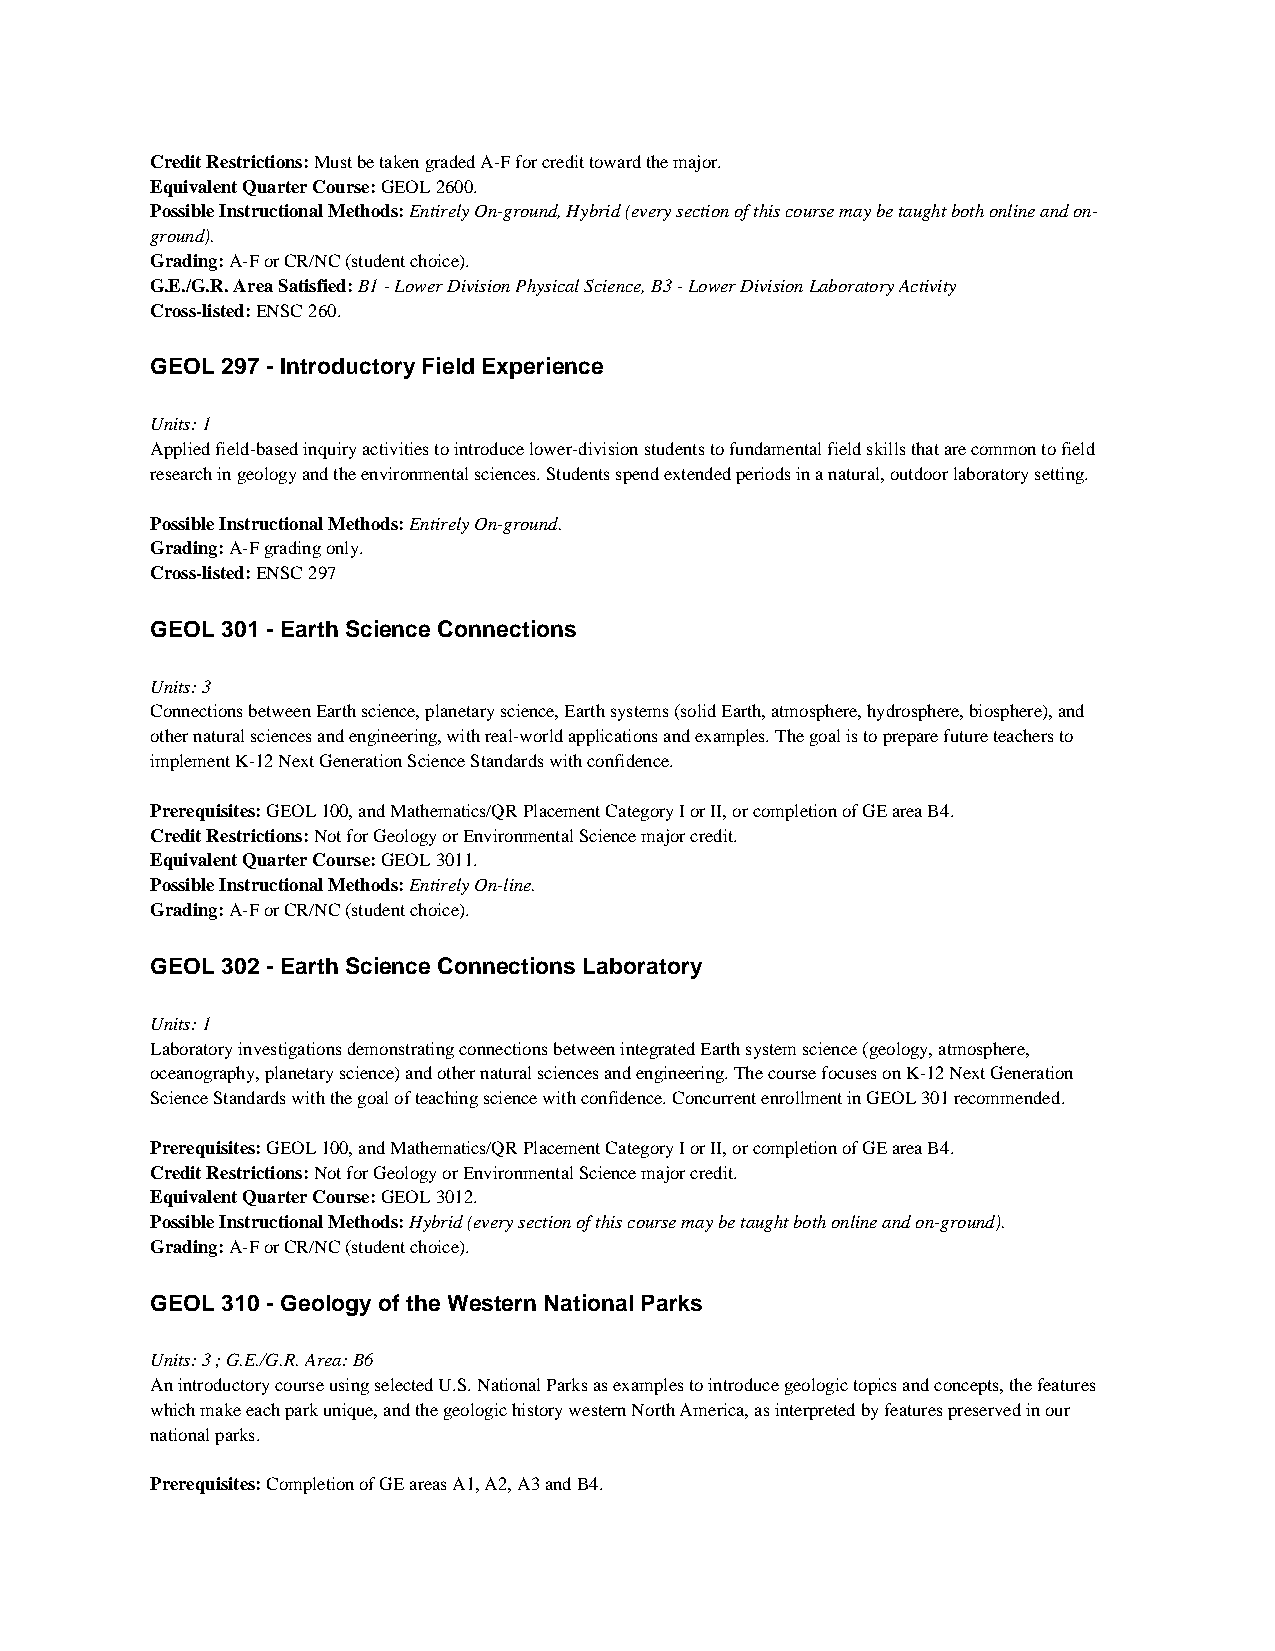
Credit Restrictions: Must be taken graded A-F for credit toward the major.
 Equivalent Quarter Course: GEOL 2600.
 Possible Instructional Methods: Entirely On-ground, Hybrid (every section of this course may be taught both online and on-
 ground).
 Grading: A-F or CR/NC (student choice).
 G.E./G.R. Area Satisfied: B1 - Lower Division Physical Science, B3 - Lower Division Laboratory Activity
 Cross-listed: ENSC 260.
 GEOL 297 - Introductory Field Experience
 Units: 1
 Applied field-based inquiry activities to introduce lower-division students to fundamental field skills that are common to field
 research in geology and the environmental sciences. Students spend extended periods in a natural, outdoor laboratory setting.
 Possible Instructional Methods: Entirely On-ground.
 Grading: A-F grading only.
 Cross-listed: ENSC 297
 GEOL 301 - Earth Science Connections
 Units: 3
 Connections between Earth science, planetary science, Earth systems (solid Earth, atmosphere, hydrosphere, biosphere), and
 other natural sciences and engineering, with real-world applications and examples. The goal is to prepare future teachers to
 implement K-12 Next Generation Science Standards with confidence.
 Prerequisites: GEOL 100, and Mathematics/QR Placement Category I or II, or completion of GE area B4.
 Credit Restrictions: Not for Geology or Environmental Science major credit.
 Equivalent Quarter Course: GEOL 3011.
 Possible Instructional Methods: Entirely On-line.
 Grading: A-F or CR/NC (student choice).
 GEOL 302 - Earth Science Connections Laboratory
 Units: 1
 Laboratory investigations demonstrating connections between integrated Earth system science (geology, atmosphere,
 oceanography, planetary science) and other natural sciences and engineering. The course focuses on K-12 Next Generation
 Science Standards with the goal of teaching science with confidence. Concurrent enrollment in GEOL 301 recommended.
 Prerequisites: GEOL 100, and Mathematics/QR Placement Category I or II, or completion of GE area B4.
 Credit Restrictions: Not for Geology or Environmental Science major credit.
 Equivalent Quarter Course: GEOL 3012.
 Possible Instructional Methods: Hybrid (every section of this course may be taught both online and on-ground).
 Grading: A-F or CR/NC (student choice).
 GEOL 310 - Geology of the Western National Parks
 Units: 3 ; G.E./G.R. Area: B6
 An introductory course using selected U.S. National Parks as examples to introduce geologic topics and concepts, the features
 which make each park unique, and the geologic history western North America, as interpreted by features preserved in our
 national parks.
 Prerequisites: Completion of GE areas A1, A2, A3 and B4.